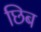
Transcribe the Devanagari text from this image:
छिब